Civil Veterinary Department Bengal reports 1923-33 - 1923-1933
Year: 1923
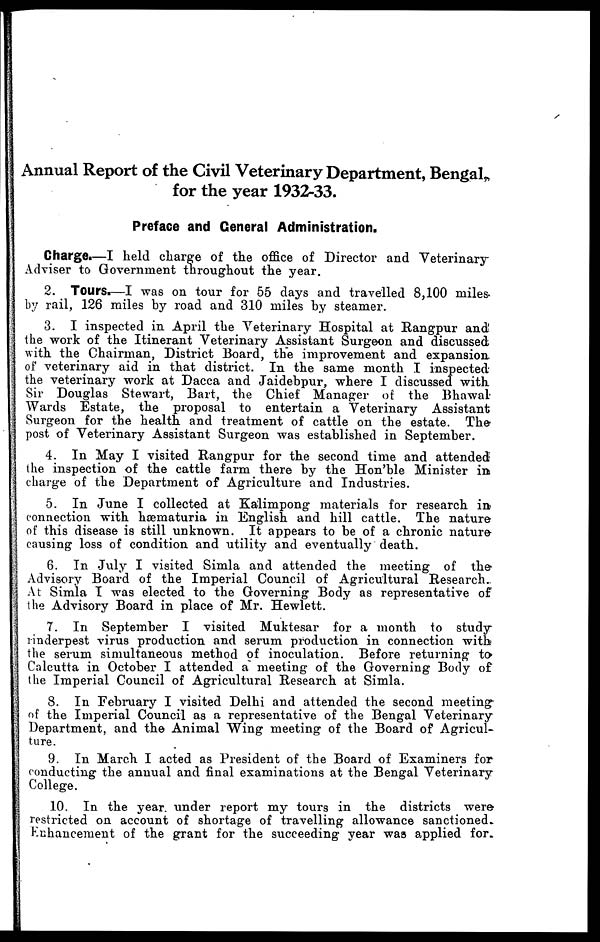
Annual Report of the Civil Veterinary Department, Bengal,
for the year 1932-33.
Preface and General Administration.
Charge.—I held charge of the office of Director and Veterinary-
Adviser to Government throughout the year.
2. Tours.—I was on tour for 55 days and travelled 8,100 miles-
by rail, 126 miles by road and 310 miles by steamer.
3. I inspected in April the Veterinary Hospital at Rangpur and
the work of the Itinerant Veterinary Assistant Surgeon and discussed
with the Chairman, District Board, the improvement and expansion.
of veterinary aid in that district. In the same month I inspected
the veterinary work at Dacca and Jaidebpur, where I discussed with
Sir Douglas Stewart, Bart, the Chief Manager of the Bhawal
Wards Estate, the proposal to entertain a Veterinary Assistant
Surgeon for the health and treatment of cattle on the estate. The
post of Veterinary Assistant Surgeon was established in September.
4. In May I visited Rangpur for the second time and attended
the inspection of the cattle farm there by the Hon'ble Minister in
charge of the Department of Agriculture and Industries.
5. In June I collected at Kalimpong materials for research in
connection with hæmaturia in English and hill cattle. The nature
of this disease is still unknown. It appears to be of a chronic nature
causing loss of condition and utility and eventually death.
6. In July I visited Simla and attended the meeting of the
Advisory Board of the Imperial Council of Agricultural Research.
At Simla I was elected to the Governing Body as representative of
the Advisory Board in place of Mr. Hewlett.
7. In September I visited Muktesar for a month to study
rinderpest virus production and serum production in connection with
the serum simultaneous method of inoculation. Before returning to
Calcutta in October I attended a meeting of the Governing Body of
the Imperial Council of Agricultural Research at Simla.
8. In February I visited Delhi and attended the second meeting
of the Imperial Council as a representative of the Bengal Veterinary
Department, and the Animal Wing meeting of the Board of Agricul-
ture.
9. In March I acted as President of the Board of Examiners for
conducting the annual and final examinations at the Bengal Veterinary
College.
10. In the year under report my tours in the districts were
restricted on account of shortage of travelling allowance sanctioned.
Enhancement of the grant for the succeeding year was applied for.